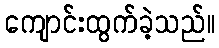
ကျောင်းထွက်ခဲ့သည်။